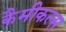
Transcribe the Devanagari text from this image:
कैमीकल्स